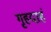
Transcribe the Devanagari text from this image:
गृहदाहं